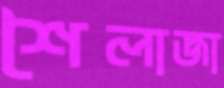
শৈলাজা